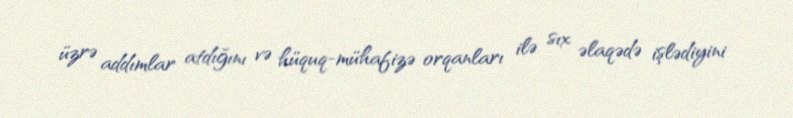
üzrə addımlar atdığını və hüquq-mühafizə orqanları ilə sıx əlaqədə işlədiyini